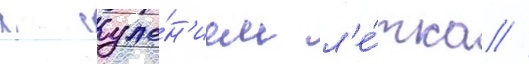
с суже́н'ием л'е́тка //